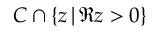
C \cap \left\{ z \, \vert \, \Re z > 0 \right\}